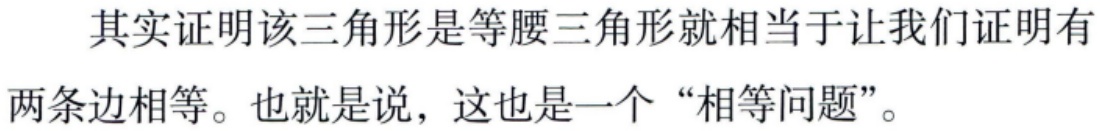
其实证明该三角形是等腰三角形就相当于让我们证明有两条边相等。也就是说，这也是一个“相等问题”。